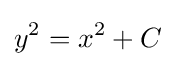
y^{2}=x^{2}+C